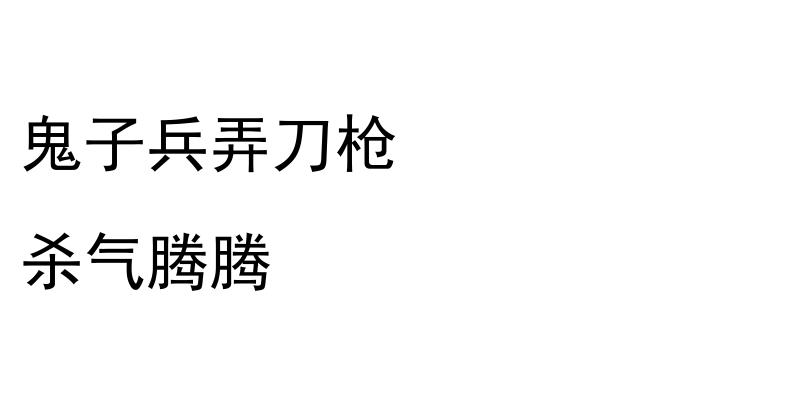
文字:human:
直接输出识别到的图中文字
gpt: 鬼子兵弄刀枪 杀气腾腾